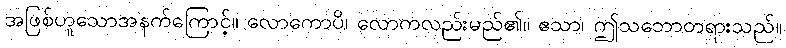
အဖြစ်ဟူသောအနက်ကြောင့်။ လောကောပိ၊ လောကလည်းမည်၏။ ဧသာ၊ ဤသဘောတရားသည်။